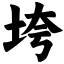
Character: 垮